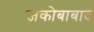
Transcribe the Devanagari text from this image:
जकोबाबाद